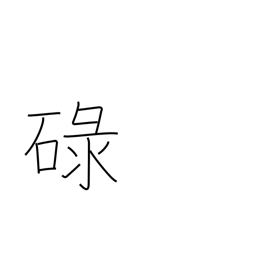
Meaning: satisfactory